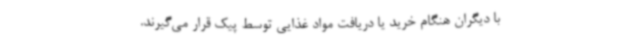
با دیگران هنگام خرید یا دریافت مواد غذایی توسط پیک قرار می‌گیرند.